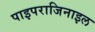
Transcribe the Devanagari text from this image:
पाइपराजिनाइल